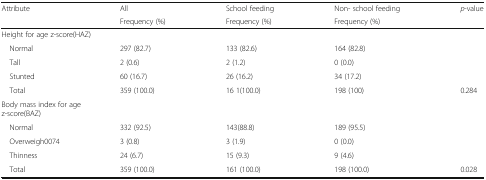
<table><thead><tr><td rowspan="2"><b>Attribute</b></td><td><b>All</b></td><td><b>School feeding</b></td><td><b>Non- school feeding</b></td><td rowspan="2"><b><i>p</i>-value</b></td></tr><tr><td><b>Frequency (%)</b></td><td><b>Frequency (%)</b></td><td><b>Frequency (%)</b></td></tr></thead><tbody><tr><td colspan="5">Height for age z-score(HAZ)</td></tr><tr><td> Normal</td><td>297 (82.7)</td><td>133 (82.6)</td><td>164 (82.8)</td><td></td></tr><tr><td> Tall</td><td>2 (0.6)</td><td>2 (1.2)</td><td>0 (0.0)</td><td></td></tr><tr><td> Stunted</td><td>60 (16.7)</td><td>26 (16.2)</td><td>34 (17.2)</td><td></td></tr><tr><td> Total</td><td>359 (100.0)</td><td>16 1(100.0)</td><td>198 (100)</td><td>0.284</td></tr><tr><td colspan="5">Body mass index for age z-score(BAZ)</td></tr><tr><td> Normal</td><td>332 (92.5)</td><td>143(88.8)</td><td>189 (95.5)</td><td></td></tr><tr><td> Overweigh0074</td><td>3 (0.8)</td><td>3 (1.9)</td><td>0 (0.0)</td><td></td></tr><tr><td> Thinness</td><td>24 (6.7)</td><td>15 (9.3)</td><td>9 (4.6)</td><td></td></tr><tr><td> Total</td><td>359 (100.0)</td><td>161 (100.0)</td><td>198 (100.0)</td><td>0.028</td></tr></tbody></table>